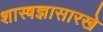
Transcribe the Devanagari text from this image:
शास्त्रज्ञासारखे